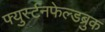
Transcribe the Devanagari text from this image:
फ्युर्स्टनफेल्डब्रुक